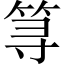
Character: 𱷽